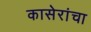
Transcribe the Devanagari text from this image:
कासेरांचा